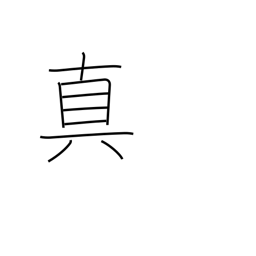
Meaning: Buddhist sect